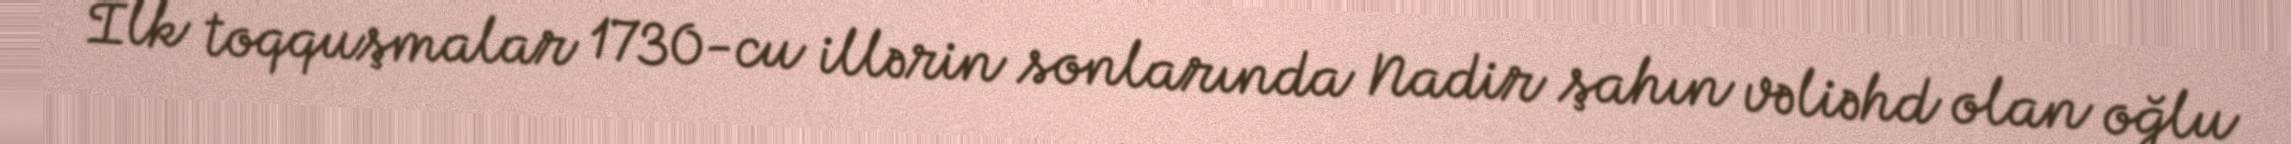
İlk toqquşmalar 1730-cu illərin sonlarında Nadir şahın vəliəhd olan oğlu